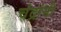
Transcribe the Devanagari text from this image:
चंद्रांनी